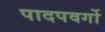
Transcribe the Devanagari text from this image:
पादपवर्गो